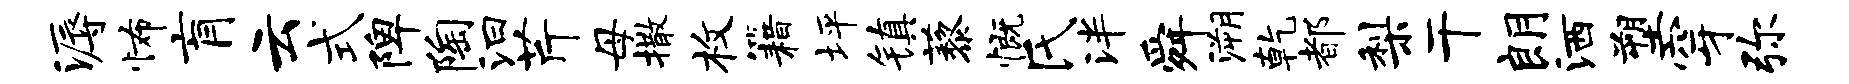
溽怖肓云式陴陶汩芹母撒枚籍坪镇藜慨氏泮舜溯乾都梨干朗洒塑穿弥